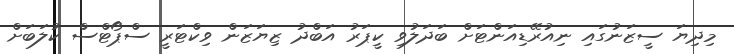
މިދިޔަ ސީޒަނުގައި ނިއުރޭޑިއަންޓަށް ބަދަލުވި ކީޕަރު އަބްދު ޒިޔަޒަން ވިކްޓަރީ ސްޕޯޓްސް ކުލަބަށް